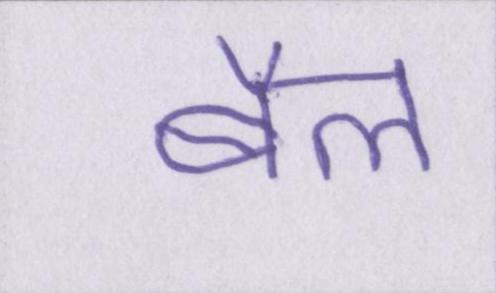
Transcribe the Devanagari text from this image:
बैल